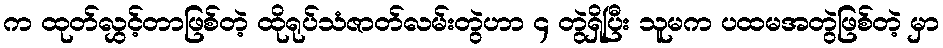
က ထုတ်လွှင့်တာဖြစ်တဲ့ ထိုရုပ်သံဇာတ်လမ်းတွဲဟာ ၄ တွဲရှိပြီး သူမက ပထမအတွဲဖြစ်တဲ့ မှာ